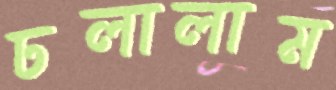
ঢলালাম